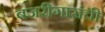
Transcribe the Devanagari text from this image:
बजरीगारांची